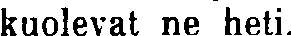
kuolevat ne heti.